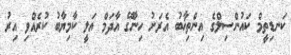
ކަނޑިތީމް ކައުންސިލްގެ އިންތިޚާބު އެރަށު ހިނާގޭ އާދަމް އަލީ ކާމިޔާބު ކުރެއްވި އިރު